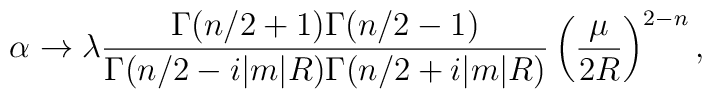
\alpha \to \lambda\frac{\Gamma(n/2+1)\Gamma(n/2-1)}{\Gamma(n/2-i|m|R)\Gamma(n/2+i|m|R)} \left(\frac{\mu}{2R}\right)^{2-n},